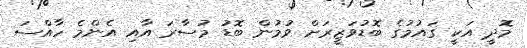
މޮދީ އަކީ ގައުމުގެ ބޮޑުވަޒީރަށް ވުމުން ބޮޑު މުސާރަ އާއި އެންމެ ހާއްސަ